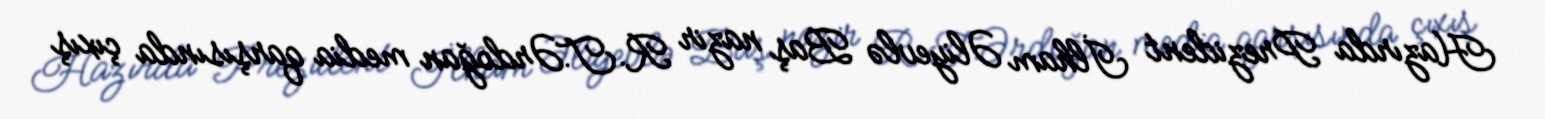
Hazırda Prezident İlham Əliyevlə Baş nazir R.T.Ərdoğan media qarşısında çıxış